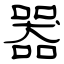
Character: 器